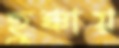
হুক্কায়